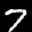
Label: 7